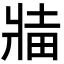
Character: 𬌅